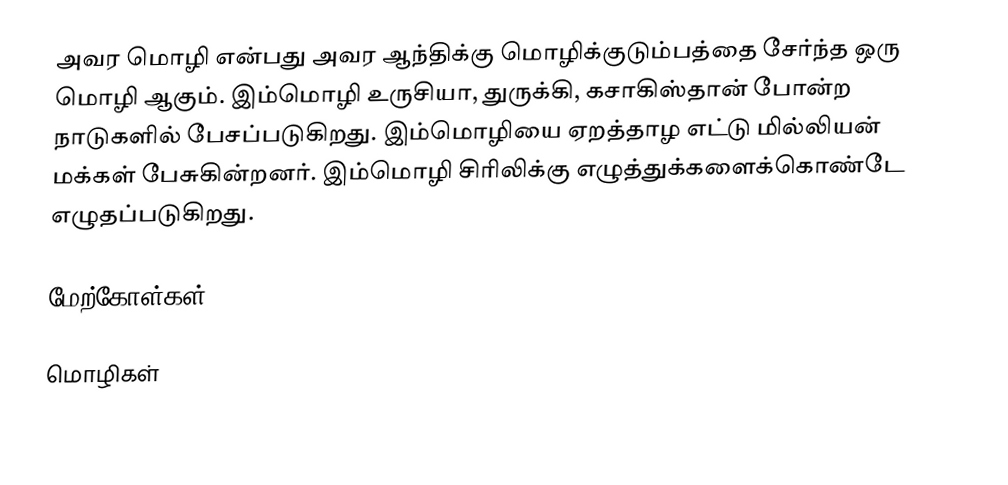
அவர மொழி என்பது அவர ஆந்திக்கு மொழிக்குடும்பத்தை சேர்ந்த ஒரு மொழி ஆகும். இம்மொழி உருசியா, துருக்கி, கசாகிஸ்தான் போன்ற நாடுகளில் பேசப்படுகிறது. இம்மொழியை ஏறத்தாழ எட்டு மில்லியன் மக்கள் பேசுகின்றனர். இம்மொழி சிரிலிக்கு எழுத்துக்களைக்கொண்டே எழுதப்படுகிறது.

மேற்கோள்கள்

மொழிகள்